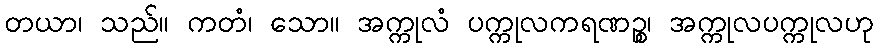
တယာ၊ သည်။ ကတံ၊ သော။ အက္ကုလံ ပက္ကုလကရဏဉ္စ၊ အက္ကုလပက္ကုလဟု